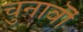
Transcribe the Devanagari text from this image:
चुनावॊं